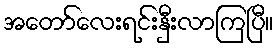
အတော်လေးရင်းနှီးလာကြပြီ။